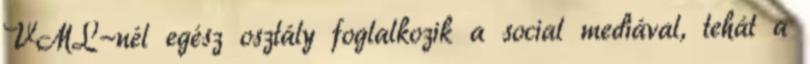
VML-nél egész osztály foglalkozik a social mediával, tehát a